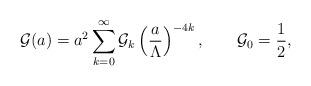
LaTeX: \begin{align*}{\cal G}(a)=a^2\sum_{k=0}^\infty {\cal G}_k \left({a\over\Lambda}\right)^{-4k},\qquad {\cal G}_0={1\over 2},\end{align*}